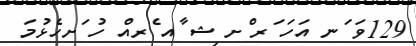
129ވަ ަނ އަހަ ަރ ްށ ިޝ ާއ ެރއް ހު ަށހެޅުމަ